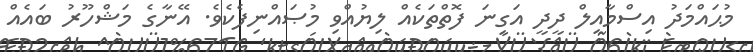
މުޙައްމަދު އިސްމާއިލް ދީދީ އަގިނަ ފޮތްތަކެއް ލިޔުއްވި މުޞައްނިފެކެވެ. އޭނާގެ މަޝްހޫރު ބައެއް